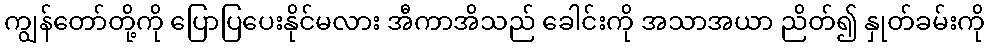
ကျွန်တော်တို့ကို ပြောပြပေးနိုင်မလား အီကာအိသည် ခေါင်းကို အသာအယာ ညိတ်၍ နှုတ်ခမ်းကို